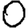
Digit: 0